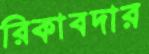
রিকাবদার